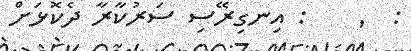
: